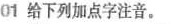
01给下列加点字注音。